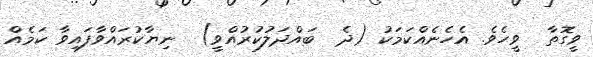
ވީގޮތާ  ވީހެވެ. އެހެނެއްކަމަކު (ދެ  ބައްދަލުކުރުއްވީ)  ނިޔާކުރައްވާފައިވާ ކަމެއް